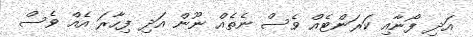
އަދި ފޯނާއި ކަރަންޓެއް ވެސް ނެތެއް ނޫން އަދި ފިހާރަ އެއް ވެސް